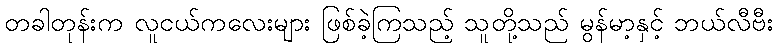
တခါတုန်းက လူငယ်ကလေးများ ဖြစ်ခဲ့ကြသည့် သူတို့သည် မွန်မာ့နှင့် ဘယ်လီဗီး